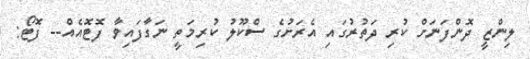
ލިންޒީ ދޮންފަނަށް ކުރި ދަތުރުގައި އެރަށުގެ ސްކޫލު ކުރިމަތީ ނަގާފައިވާ ފޮޓޮއެއް-- ފޮޓޯ: